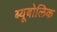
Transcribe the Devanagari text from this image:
ब्यूबोलिक